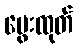
မွေးထုတ်